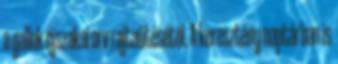
a gallok éjszakai orv rajtaütésétől. A keresztény naptárban is